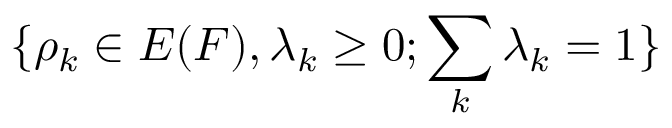
\{ \rho _ { k } \in E ( F ) , \lambda _ { k } \ge 0 ; \sum _ { k } \lambda _ { k } = 1 \}